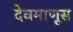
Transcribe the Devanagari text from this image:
देवमाणूस